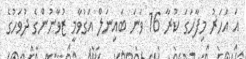
އަ އަހަރު މިފާހަގަ ކުރާ 16 ވަނަ ބައިނަލް އަގުވާމީ ޒުވާނުންގެ ދުވަހުގެ